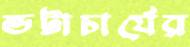
ভট্টাচার্যের